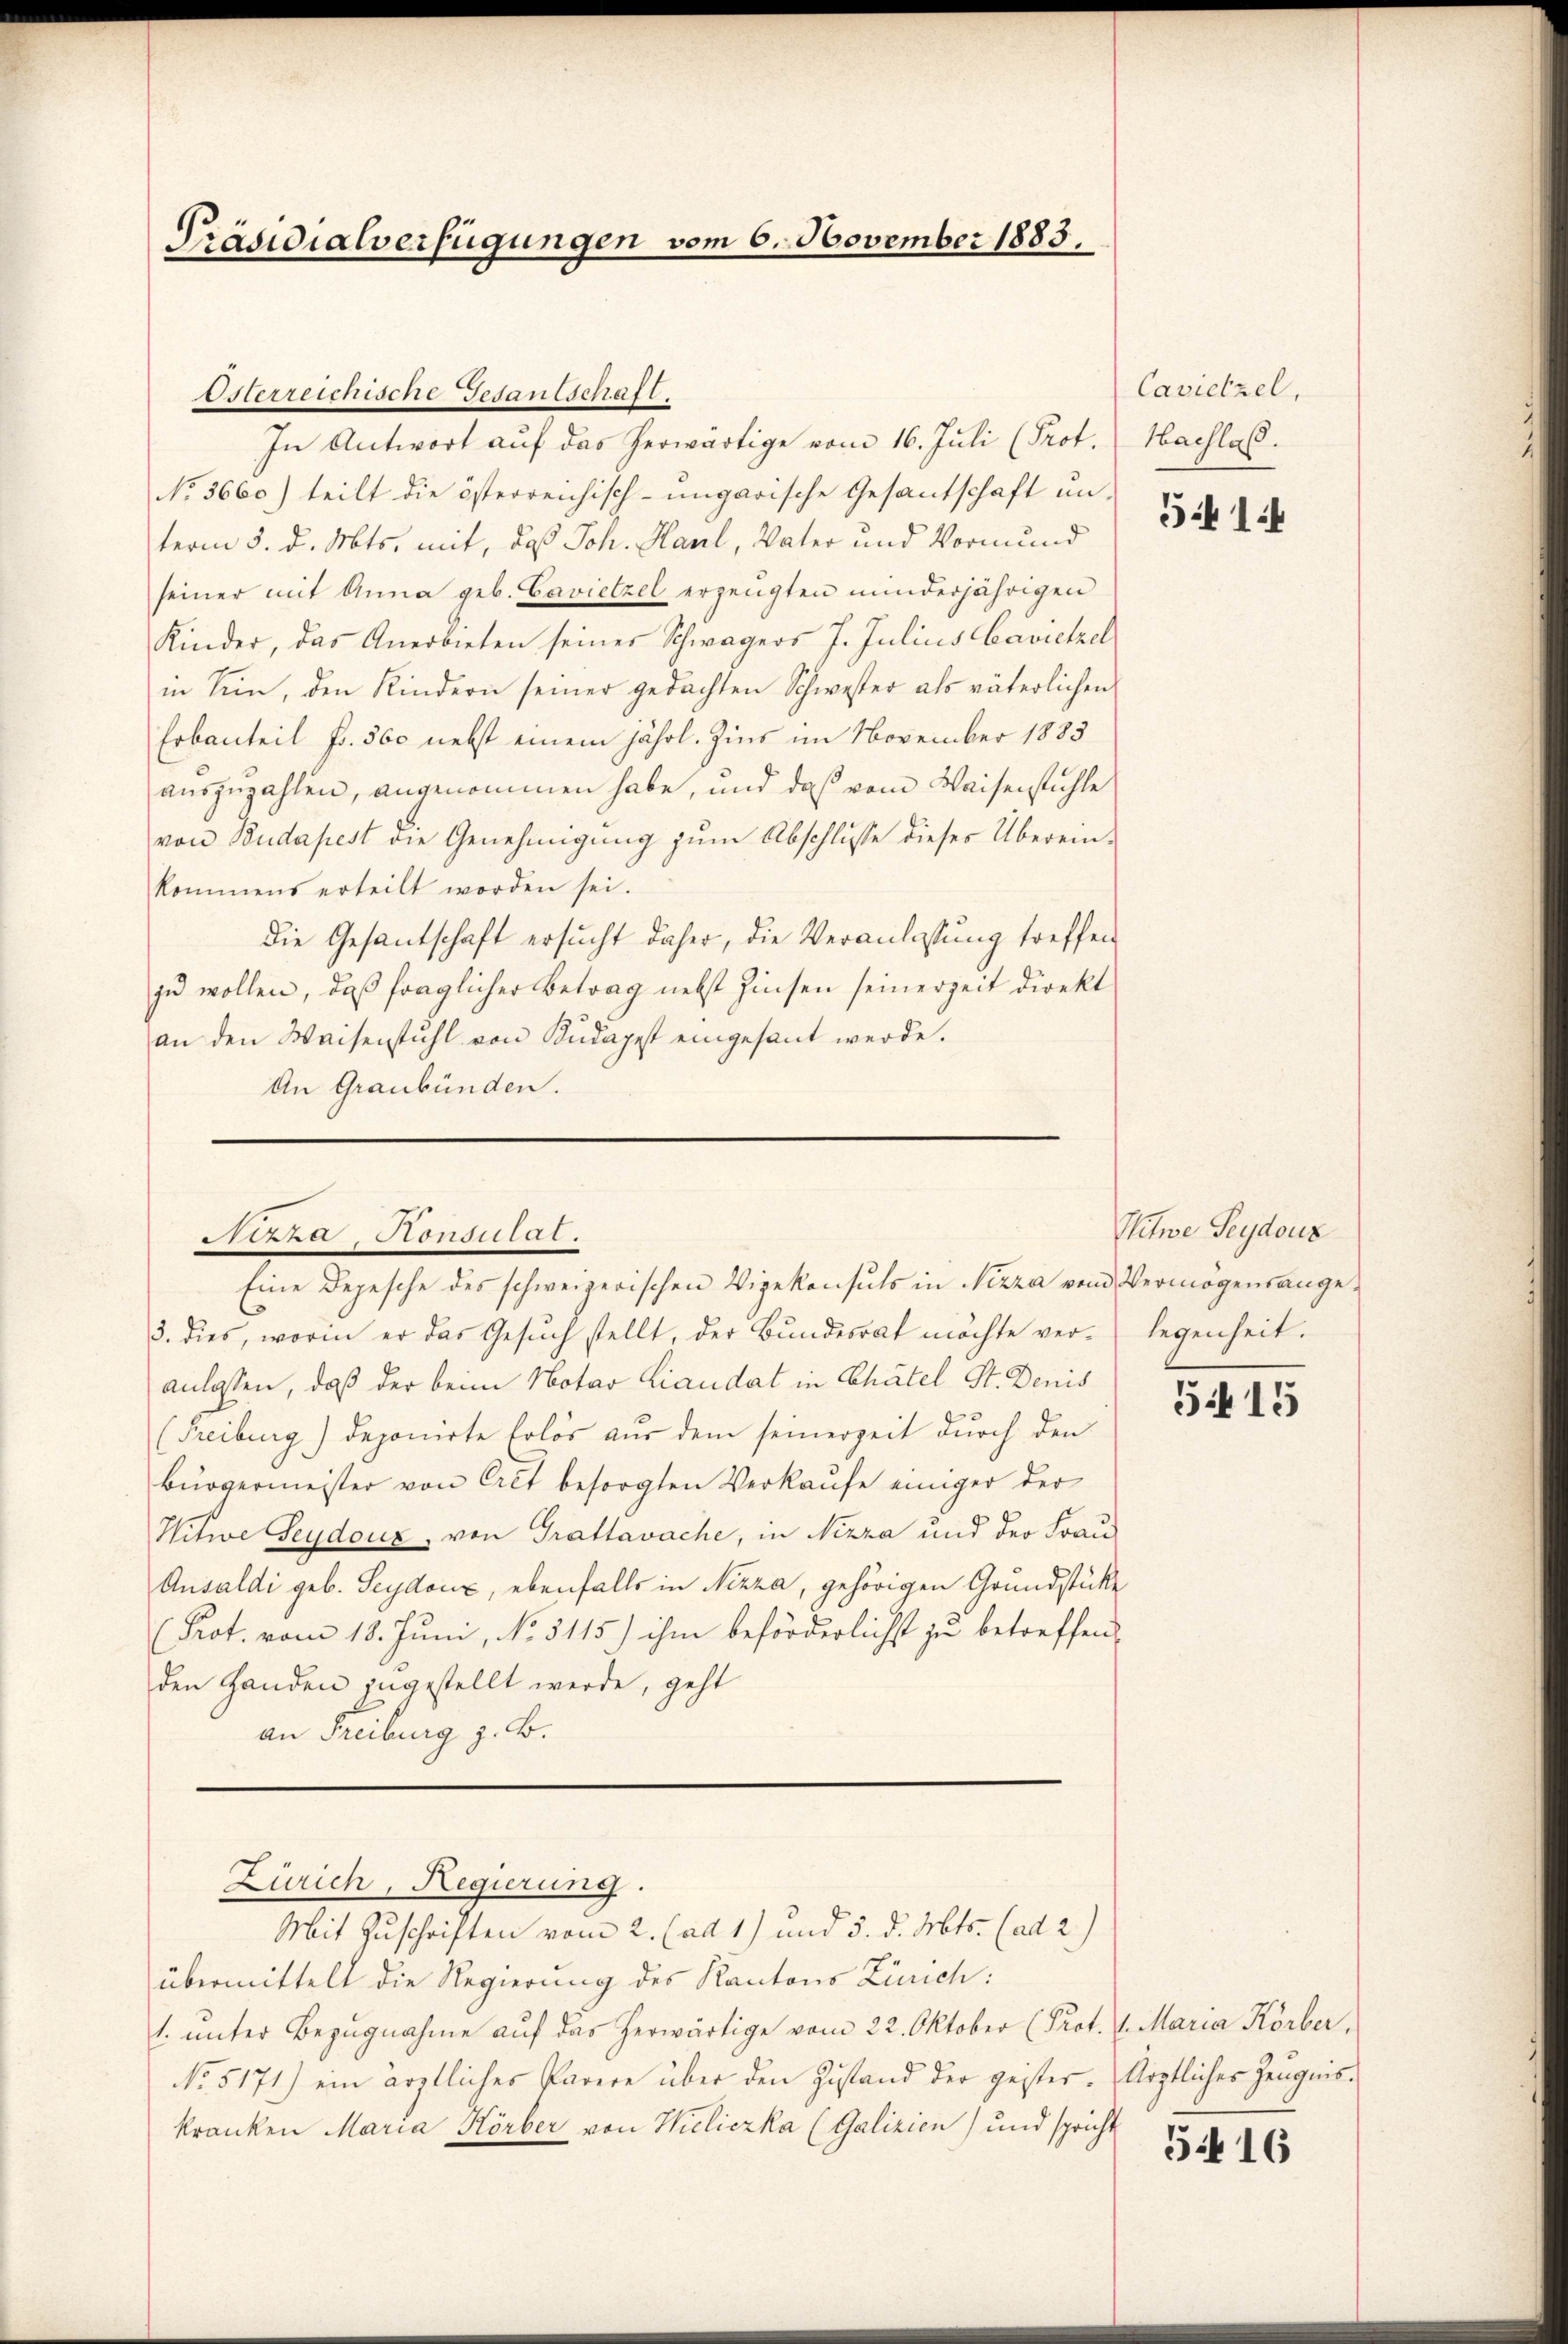
Präsidialverfügungen vom 6. November 1883.

No. 3660) teilt die österreichisch-ungarische Gesandschaft an d
term 5. d. Mts. mit, daß Joh. Kaul, Vater und Vormund
seiner mit Anna geb. Bavietzel erzeugten minderjährigen
Kinder, das Anerbieten seiner Schwagers J. Julius Cavietzel
in Sein, den Kindern seiner gedachten Schwester als väterlichen
Erbanteil Fr. 560 nebst einem jährl. Zins im November 1883
auszuzahlen, angenommen habe, und daß vom Waiserstühle
von Budapest die Genehmigung zum Abschlusse dieses Übereinkommens erteilt worden sei.
Die Gesantschaft ersucht daher, die Veranlassung treffen
zu wollen, daß fraglicher Betrag nebst Zinsen seinerzeit direkt
an den Waisenstuhl von Kudapest eingesant werde.
An Graubünden.

Osterreichische Gesantschaft.

In Antwort auf das herwärtige vom 16. Juli (Prot. (Hachlas.

Seza Consulat.
Eine Depesche des schweizerischen Vizekonsuls in Nizza vom Vermögensange¬

3. dies, worin er das Gesuch stellt, der Bundesrat möchte veranlassen, daß der beim Notar Laudat in Chätel St. Denis
(Freiburg) deponirte Erlös aus dem seinerzeit durch den
Bürgermeister von Cret besorgten Verkaufe einiger der
Witwe Seydouz, von Grattavache, in Nizza und der Frau
Ansaldi geb. Seydoux, ebenfalls in Nizza, gehörigen Grundstücke
Prot. vom 18. Juni, No. 3115) ihm beförderlichst zu betreffen
den Handen zugestellt werde, geht
an Freiburg z. B.
Zürich, Regierung.
Mit Zuschriften vom 2. (ad 1) und 5. d. Mts. (ad 2.)
übermittelt die Regierung des Kantons Zürich:
1. ŭnter Bezŭgnahme aŭf das herwärtige vom 22. Oktober (Prot. (l. Maria Körber,
No. 5171) ein ärztliches Parere über den Zustand der geister. Arztliches Zeugniskranken Maria Körber von Wicliczka (Galizien) und spricht

Cavietzel,

Witwe Seydouz
legenheit.

5415

5416